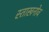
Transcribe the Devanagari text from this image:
स्ताखनोव